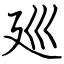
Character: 廵